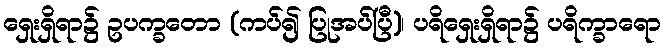
ရှေးရှိရာ၌ ဥပက္ခတော (ကပ်၍ ပြုအပ်ပြီ)၊ ပရိရှေးရှိရာ၌ ပရိက္ခာရော